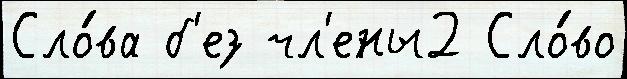
Сло́ва б'ез чл'ены2 Сло́во